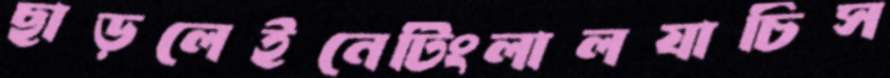
ছাড়লেইনেটিংলালযাচিস